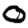
Digit: 0